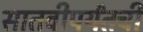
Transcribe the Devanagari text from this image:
सातवीपर्यंतची